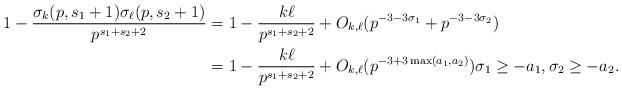
LaTeX: \begin{align*} 1 - \frac{\sigma_{k}(p,s_1+1) \sigma_{\ell}(p,s_2+1)}{p^{s_1+s_2+2}} & = 1- \frac{k \ell }{p^{s_1+s_2+2}} + O_{k,\ell}(p^{-3-3 \sigma_1}+p^{-3-3 \sigma_2}) \\ & = 1- \frac{k \ell }{p^{s_1+s_2+2}} + O_{k,\ell}( p^{-3+3\max(a_1,a_2)}) \sigma_1 \ge -a_1, \sigma_2 \ge -a_2.\end{align*}